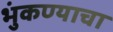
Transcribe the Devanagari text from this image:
भुंकण्याचा